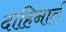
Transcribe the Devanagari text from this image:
दाहिनार्त